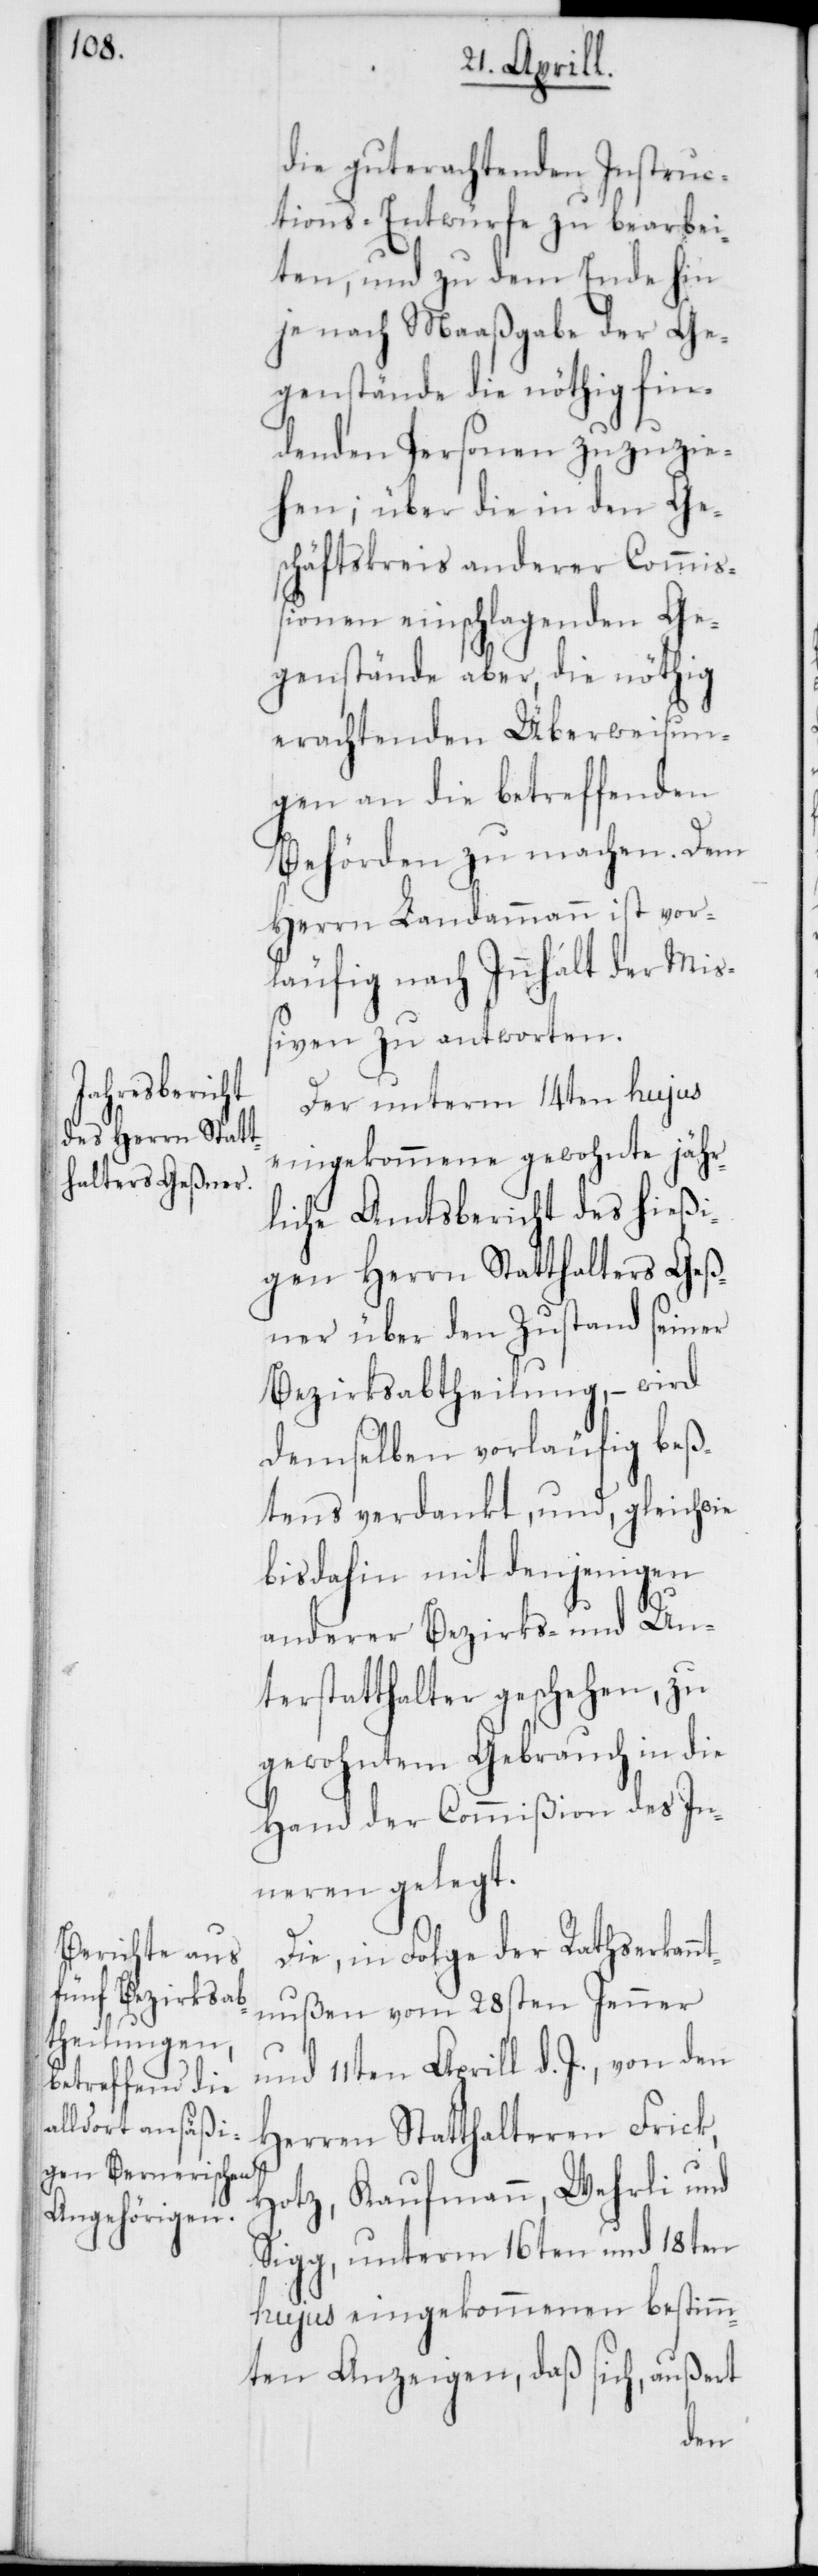
die guterachtenden Instruc¬
tions-Entwürfe zu bearbei¬
ten, und zu dem Ende hin
je nach Maaßgabe der Ge¬
genstände die nöthig fin¬
denden Personen zuzuzie¬
hen; über die in den Ge¬
schäftskreis anderer Commiß¬
ionen einschlagenden Ge¬
genstände aber, die nöthig
erachtenden Überweisun¬
gen an die betreffenden
Behörden zu machen. Dem
Herrn Landammann ist vor¬
läufig nach Innhalt der Mi¬
ßiven zu antworten.
Der unterm 14ten hujus
eingekommene gewohnte jähr¬
liche Amtsbericht des hießi¬
gen Herrn Statthalters Geß¬
ner über den Zustand seiner
Bezirksabtheilung, – wird
demselben vorläufig beß¬
tens verdankt, und, gleichwie
bis dahin mit denjenigen
anderer Bezirks- und Un¬
terstatthalter geschehen, zu
gewohntem Gebrauch in die
Hand der Commißion des In¬
neren gelegt.
Die, in Folge der Rathserkan¬
ntnußen vom 28sten Jenner
und 11ten Aprill d. J., von den
Herren Statthalteren Frick,
Hotz, Kaufmann, Wehrli und
Sigg, unterm 16ten und 18ten
hujus eingekommenen bestimm¬
ten Anzeigen, daß sich, außert